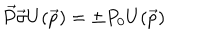
LaTeX: \vec { P } \vec { \sigma } U ( \vec { p } ) = \pm P _ { 0 } U ( \vec { p } )